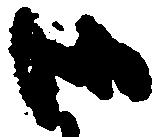
御